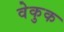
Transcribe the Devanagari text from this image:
वेकुक